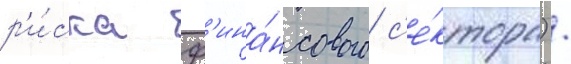
р'и́ска ф'ина́нсового с'е́ктора) /